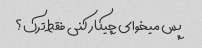
پس میخوای چیکار کنی فقط ترک؟